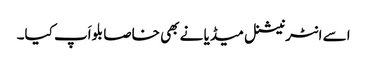
اسے انٹرنیشنل میڈیا نے بھی خاصا بلواَپ کیا۔